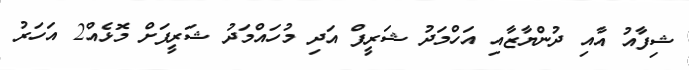
ޝިފާއު އާއި ދުންޔާޒާއި އަހްމަދު ޝަރީފް އަދި މުހައްމަދު ޝަރީފަށް މޮޅެއް2 އަހަރު